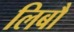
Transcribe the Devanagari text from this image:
लिबौ